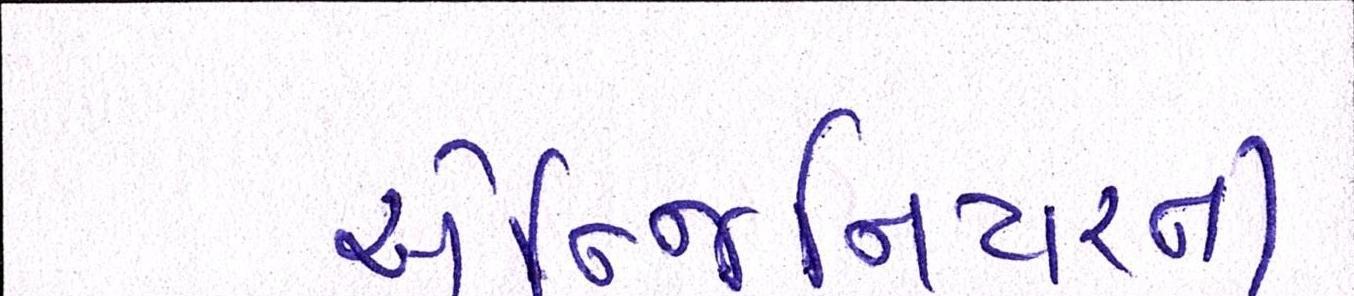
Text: એન્જિનિયરની